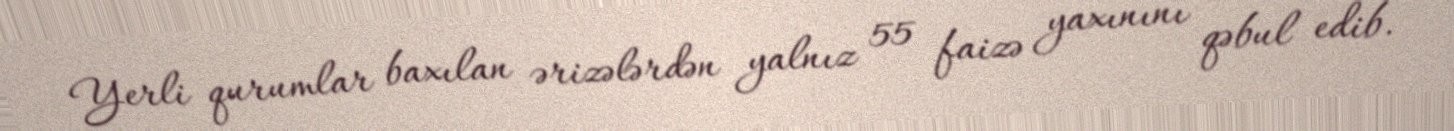
Yerli qurumlar baxılan ərizələrdən yalnız 55 faizə yaxınını qəbul edib.